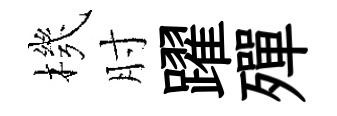
機肘躍殫